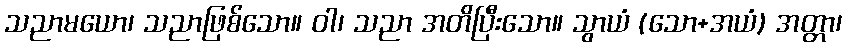
သညာမယော၊ သညာဖြစ်သော။ ဝါ၊ သညာ အတိပြီးသော။ သွာယံ (သော+အယံ) အတ္တာ၊